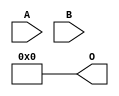
/***
* This code is a part of EvoApproxLib library (ehw.fit.vutbr.cz/approxlib) distributed under The MIT License.
* When used, please cite the following article(s): V. Mrazek, L. Sekanina, Z. Vasicek "Libraries of Approximate Circuits: Automated Design and Application in CNN Accelerators" IEEE Journal on Emerging and Selected Topics in Circuits and Systems, Vol 10, No 4, 2020 
* This file contains a circuit from a sub-set of pareto optimal circuits with respect to the pwr and wce parameters
***/
// MAE% = 23.35 %
// MAE = 956 
// WCE% = 93.38 %
// WCE = 3825 
// WCRE% = 100.00 %
// EP% = 93.38 %
// MRE% = 100.00 %
// MSE = 16831.062e2 
// PDK45_PWR = 0.000 mW
// PDK45_AREA = 0.0 um2
// PDK45_DELAY = 0.00 ns

module mul8x4u_555 (
    A,
    B,
    O
);

input [7:0] A;
input [3:0] B;
output [11:0] O;
assign O[11] = 1'b0;
assign O[10] = 1'b0;
assign O[9] = 1'b0;
assign O[8] = 1'b0;
assign O[7] = 1'b0;
assign O[6] = 1'b0;
assign O[5] = 1'b0;
assign O[4] = 1'b0;
assign O[3] = 1'b0;
assign O[2] = 1'b0;
assign O[1] = 1'b0;
assign O[0] = 1'b0;

endmodule